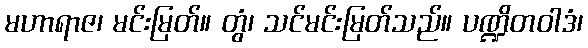
မဟာရာဇ၊ မင်းမြတ်။ တွံ၊ သင်မင်းမြတ်သည်။ ပဏ္ဍိတဝါဒံ၊